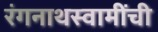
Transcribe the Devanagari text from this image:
रंगनाथस्वामींची